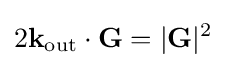
2\mathbf {k} _{\mathrm {out} }\cdot \mathbf {G} =|\mathbf {G} |^{2}